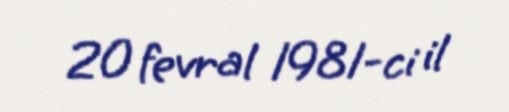
20 fevral 1981-ci il